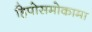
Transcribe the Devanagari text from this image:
हिपोसमोकामा